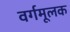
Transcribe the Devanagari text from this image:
वर्गमूलक